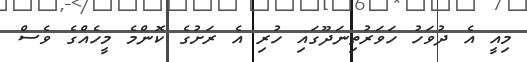
މިއީ އެ ދުވަހު ހަވަރުތިނަދޫގައި ހުރި އެ ރަށުގެ ކޮންމެ މީހެއްގެ ވެސް